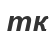
тқ